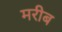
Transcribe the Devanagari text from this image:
मरीब